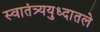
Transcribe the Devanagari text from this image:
स्वातंत्र्ययुध्दातले